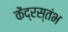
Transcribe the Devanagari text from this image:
केंद्रस्तंभ